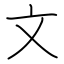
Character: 文